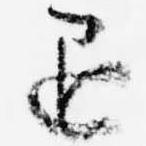
退